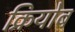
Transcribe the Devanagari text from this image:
क्रियोब